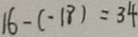
1 6 - ( - 1 8 ) = 3 4